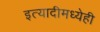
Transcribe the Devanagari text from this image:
इत्यादीमध्येही